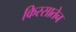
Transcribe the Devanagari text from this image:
किस्सातेन